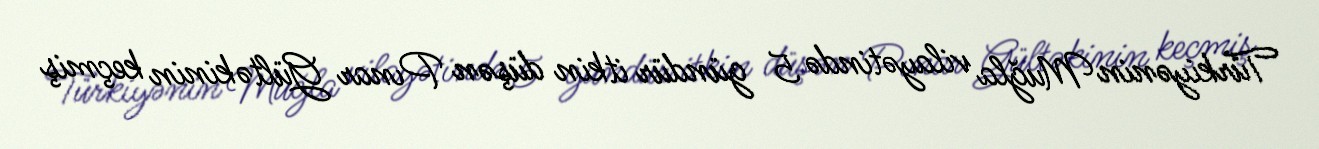
Türkiyənin Muğla vilayətində 5 gündür itkin düşən Pınar Gültəkinin keçmiş